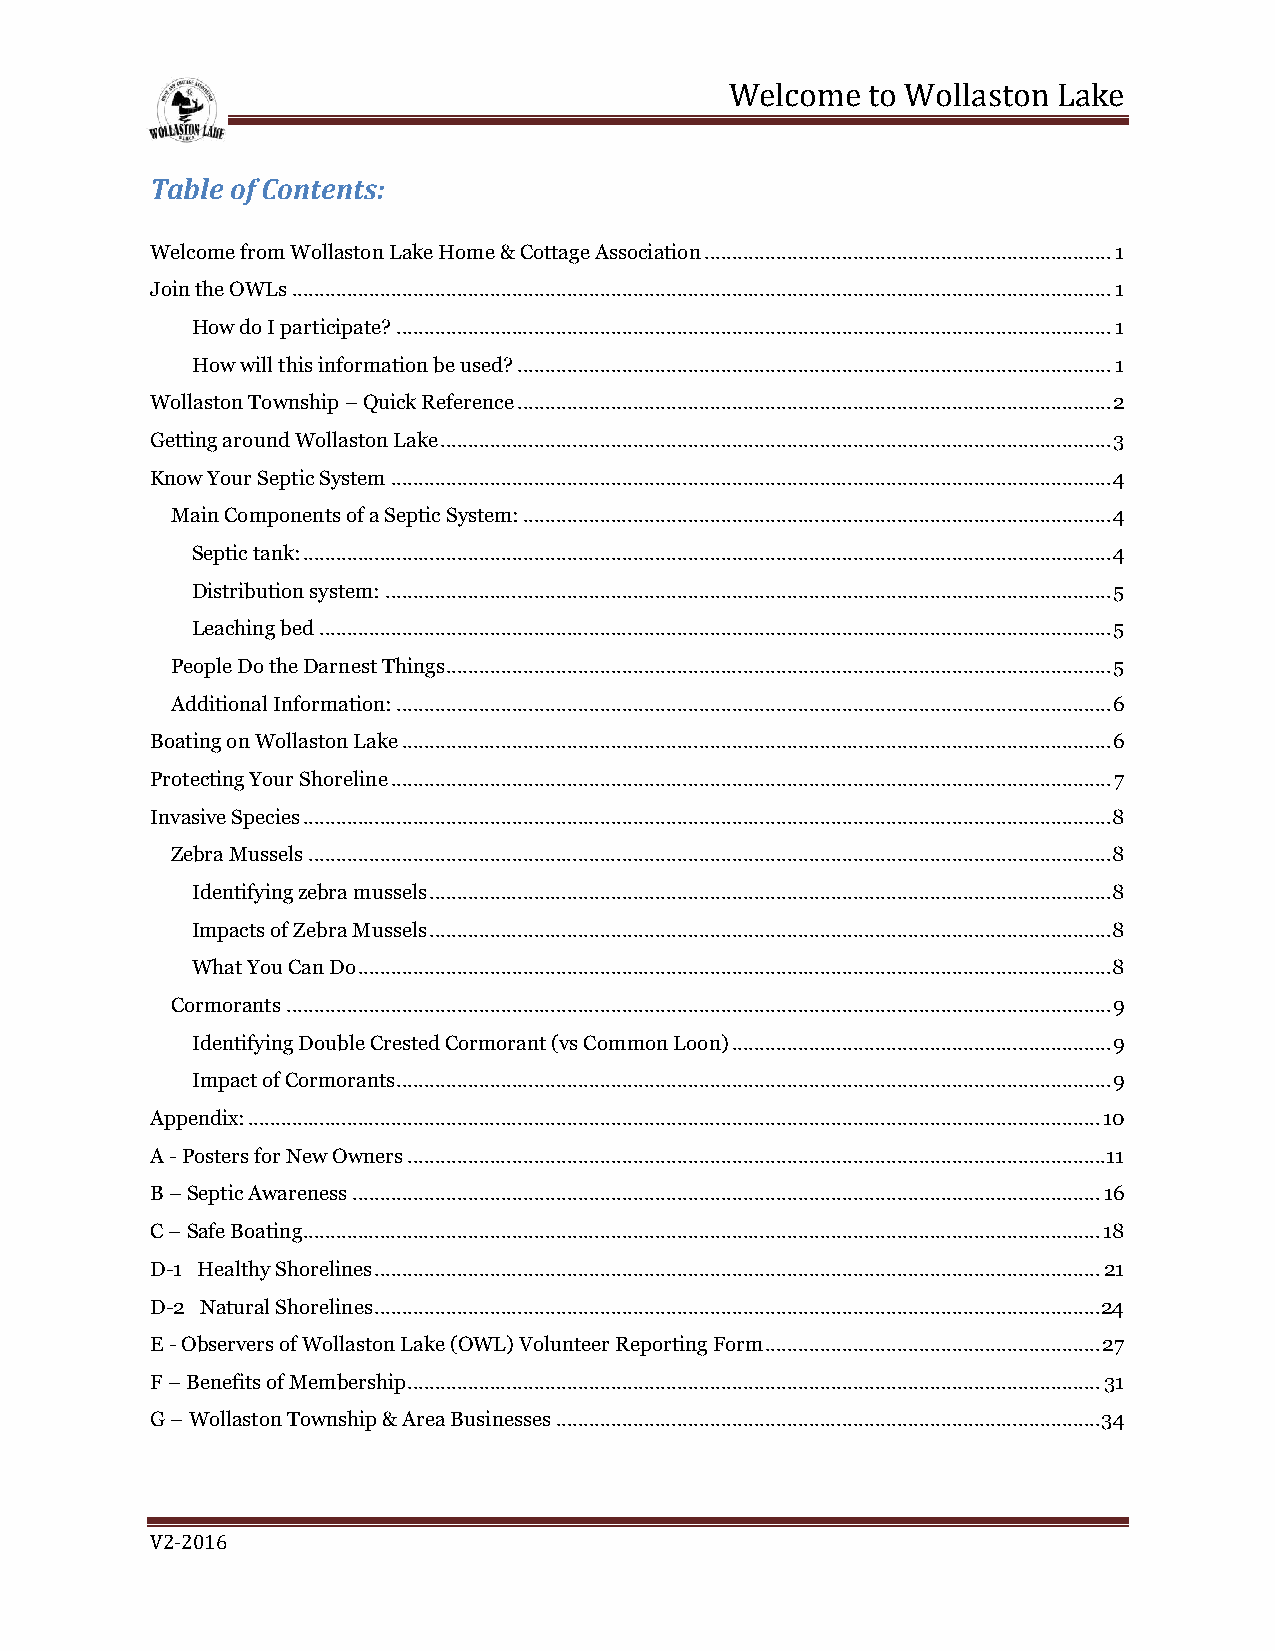
Welcome   to Wollaston Lake
 Table of Contents:
 Welcome from Wollaston Lake Home & Cottage Association .......................................................................... 1
 Join the OWLs ..................................................................................................................................................... 1
 How do I participate? .................................................................................................................................. 1
 How will this information be used? ............................................................................................................ 1
 Wollaston Township – Quick Reference ............................................................................................................ 2
 Getting around Wollaston Lake .......................................................................................................................... 3
 Know Your Septic System ................................................................................................................................... 4
 Main Components of a Septic System: ........................................................................................................... 4
 Septic tank: ................................................................................................................................................... 4
 Distribution system: .................................................................................................................................... 5
 Leaching bed ................................................................................................................................................ 5
 People Do the Darnest Things ......................................................................................................................... 5
 Additional Information: .................................................................................................................................. 6
 Boating on Wollaston Lake ................................................................................................................................. 6
 Protecting Your Shoreline ................................................................................................................................... 7
 Invasive Species ................................................................................................................................................... 8
 Zebra Mussels .................................................................................................................................................. 8
 Identifying zebra mussels ............................................................................................................................ 8
 Impacts of Zebra Mussels ............................................................................................................................ 8
 What You Can Do ......................................................................................................................................... 8
 Cormorants ...................................................................................................................................................... 9
 Identifying Double Crested Cormorant (vs Common Loon) ..................................................................... 9
 Impact of Cormorants .................................................................................................................................. 9
 Appendix: ........................................................................................................................................................... 10
 A - Posters for New Owners ............................................................................................................................... 11
 B – Septic Awareness ........................................................................................................................................ 16
 C – Safe Boating................................................................................................................................................. 18
 D-1 Healthy Shorelines .................................................................................................................................... 21
 D-2 Natural Shorelines .................................................................................................................................... 24
 E - Observers of Wollaston Lake (OWL) Volunteer Reporting Form ............................................................. 27
 F – Benefits of Membership .............................................................................................................................. 31
 G – Wollaston Township & Area Businesses ................................................................................................... 34
 V2-2016